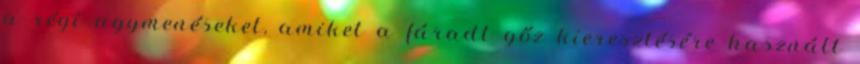
a régi agymenéseket, amiket a fáradt gőz kieresztésére használt